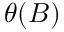
\theta ( B )